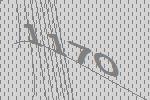
1170